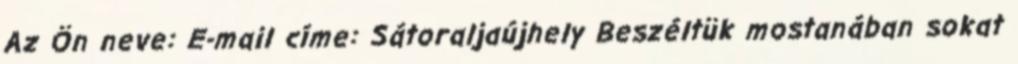
Az Ön neve: E-mail címe: Sátoraljaújhely Beszéltük mostanában sokat